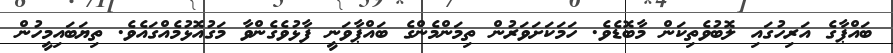
ބައްޕާގެ އަރިހުގައި ލޮބުވެތިކަން މާބޮޑެވެ. ހަމަކަށަވަރުން ތިމަންމެންގެ ބައްޕާވަނީ ފާޅުވެގެންވާ މަގުއޮޅުމެއްގައެވެ. ތިޔަބައިމީހުން